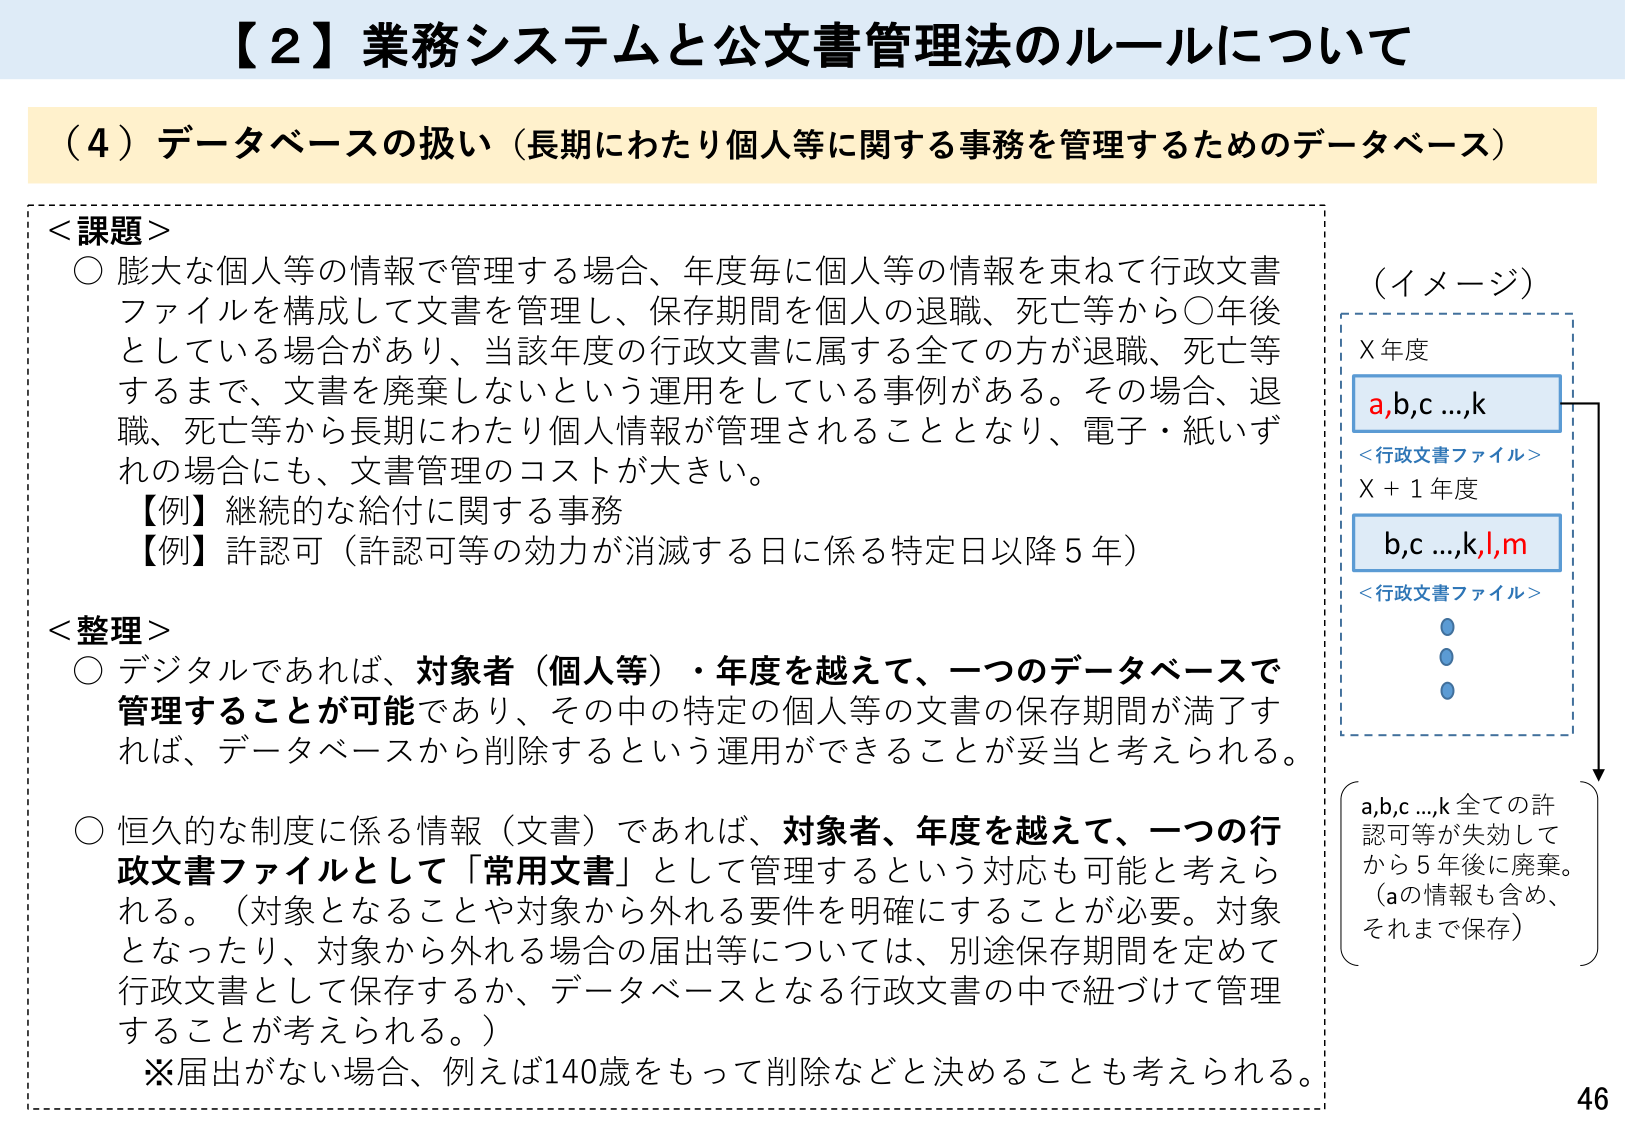
【２】業務システムと公文書管理法のルールについて

（４）データベースの扱い（長期にわたり個人等に関する事務を管理するためのデータベース）

＜課題＞
○ 膨大な個人等の情報で管理する場合、年度毎に個人等の情報を束ねて行政文書ファイルを構成して文書を管理し、保存期間を個人の退職、死亡等から○年後としている場合があり、当該年度の行政文書に属する全ての方が退職、死亡等するまで、文書を廃棄しないという運用をしている事例がある。その場合、退職、死亡等から長期にわたり個人情報が管理されることとなり、電子・紙いずれの場合にも、文書管理のコストが大きい。
【例】継続的な給付に関する事務
【例】許認可（許認可等の効力が消滅する日に係る特定日以降５年）

＜整理＞
○ デジタルであれば、対象者（個人等）・年度を越えて、一つのデータベースで管理することが可能であり、その中の特定の個人等の文書の保存期間が満了すれば、データベースから削除するという運用ができることが妥当と考えられる。
○ 恒久的な制度に係る情報（文書）であれば、対象者、年度を越えて、一つの行政文書ファイルとして「常用文書」として管理するという対応も可能と考えられる。（対象となることや対象から外れる要件を明確にすることが必要。対象となったり、対象から外れる場合の届出等については、別途保存期間を定めて行政文書として保存するか、データベースとなる行政文書の中で紐づけて管理することが考えられる。）
※届出がない場合、例えば140歳をもって削除などと決めることも考えられる。

（イメージ）
X年度
a,b,c...,k
＜行政文書ファイル＞
X＋1年度
b,c...,k,l,m
＜行政文書ファイル＞
（a,b,c...,k 全ての許認可等が失効してから5年後に廃棄。（aの情報も含め、それまで保存））

46